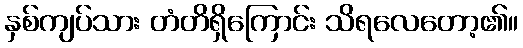
နှစ်ကျပ်သား တံတိရှိကြောင်း သိရလေတော့၏။